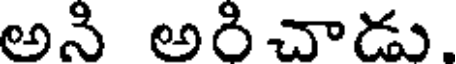
అని అరిచాడు.